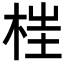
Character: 𣒈